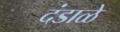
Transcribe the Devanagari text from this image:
दंडाळे